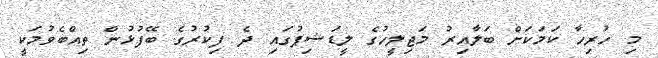
މި ހުރިހާ ކަމަކަށް ބަލާއިރު މަޖިލީހުގެ ލީޑަޝިޕުގައި ދެ ފިކުރުގެ ބޭފުޅުން ތިއްބެވުމަކީ